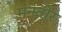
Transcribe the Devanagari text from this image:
मनवीर